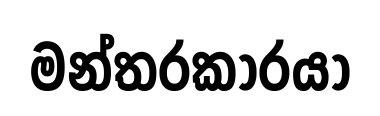
මන්තරකාරයා